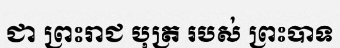
ជា ព្រះរាជ បុត្រ របស់ ព្រះបាទ